Civil Veterinary Department Bihar & Orissa reports 1929-36 - 1929-1936
Year: 1929
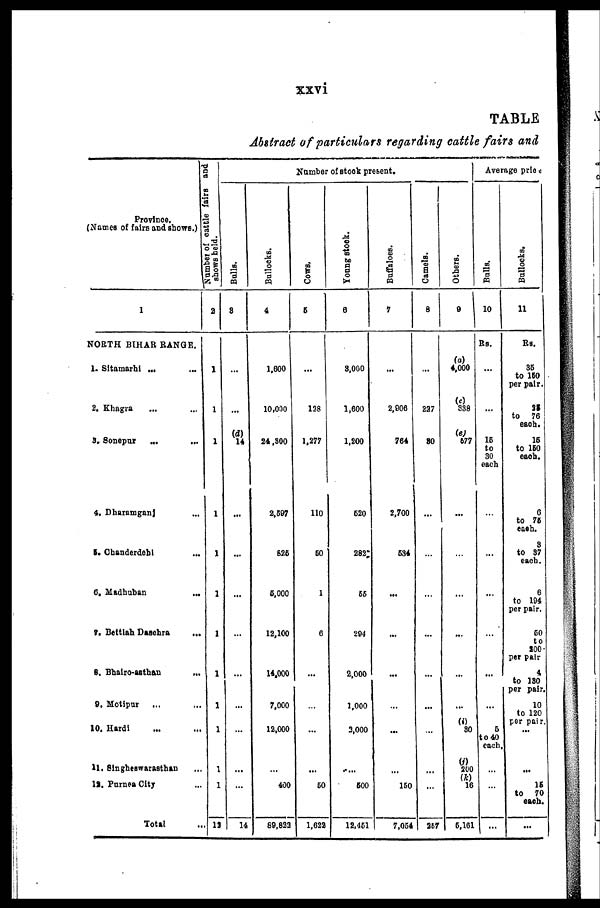
xxvi
TABLE
Abstract of particulars regarding cattle fairs and
Province.
(Names of fairs and shows.)
1
NORTH BIHAR RANGE.
1. Sitamarhi ... ...
2. Khagra ... ...
3. Sonepar ... ...
4. Dharamganj ...
5. Chanderdehi ...
6. Madhuban ...
7. Bettiah Dusehra ...
8. Bhairo-asthan ...
9. Motlpur ... ...
10. Hardi ... ...
11. Singheswarasthan ...
12. Purnea City ...
Total ...
Number
of cattle fairs and
shows held.
2
1
1
1
1
1
1
1
1
1
1
1
1
12
Number of stock present.
Balls.
3
...
...
(d)
14
...
...
...
...
...
...
...
...
14
Bullocks.
4
1,600
10,000
24,300
2,697
625
6,000
12,100
14,000
7.000
12,000
...
400
89,823
Cows.
5
...
138
1,277
110
50
1
6
...
...
...
60
1,622
Young stock.
6
3,000
1,600
1,200
620
282
66
294
2,000
1,000
3,000
...
600
12,461
Buffaloes.
7
...
2,006
764
2,700
634
...
...
...
...
...
...
150
7,064
Camels.
8
...
227
80
...
...
...
...
...
...
...
...
...
367
Others.
9
(a)
4,000
338
(e)
677
...
...
...
...
...
...
(i)
30
(j)
200
(k)
16
5,161
Average price
Bulls.
10
Rs.
...
...
16
to
30
each
...
...
...
...
...
...
5
to 40
each.
...
...
...
Bullocks.
11
Rs.
36
to 160
per pair.
25
to
76
each.
16
to 160
each.
6
to 76
each .
3
to 87
each.
6
to 194
per pair.
60
to
200
per pair
4
to 180
per pair.
10
to 120
per pair.
...
...
15
to
70
each.
...